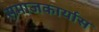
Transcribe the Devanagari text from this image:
समाजकार्यास